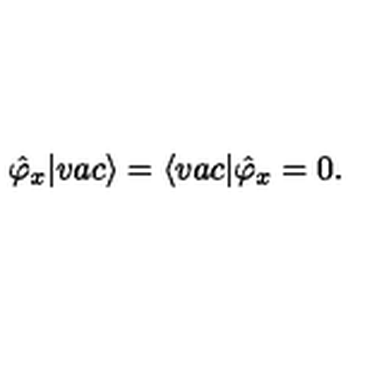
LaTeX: \hat { \varphi } _ { x } | v a c \rangle = \langle v a c | \hat { \varphi } _ { x } = 0 .